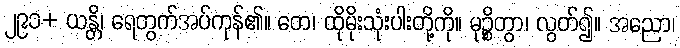
၂၉၁+ ယန္တိ၊ ရေတွက်အပ်ကုန်၏။ တေ၊ ထိုမိုးသုံးပါးတို့ကို။ မုဉ္စိတွာ၊ လွတ်၍။ အညော၊